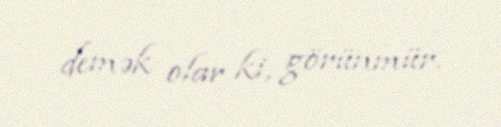
demək olar ki, görünmür.